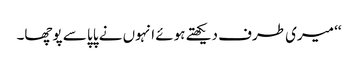
‘‘ میری طرف دیکھتے ہوئے انہوں نے پاپا سے پوچھا۔